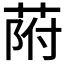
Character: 𦱖